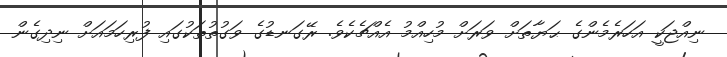
ނިއްޖަކީ އަހަރެމެންގެ ޙަޔާތަށް ވަރަށް މުހިއްމު އެއްޗެކެވެ. ރޭގަނޑުގެ ވަގުތުތަކުގައި ފުރިހަމައަށް ނިދިގެން